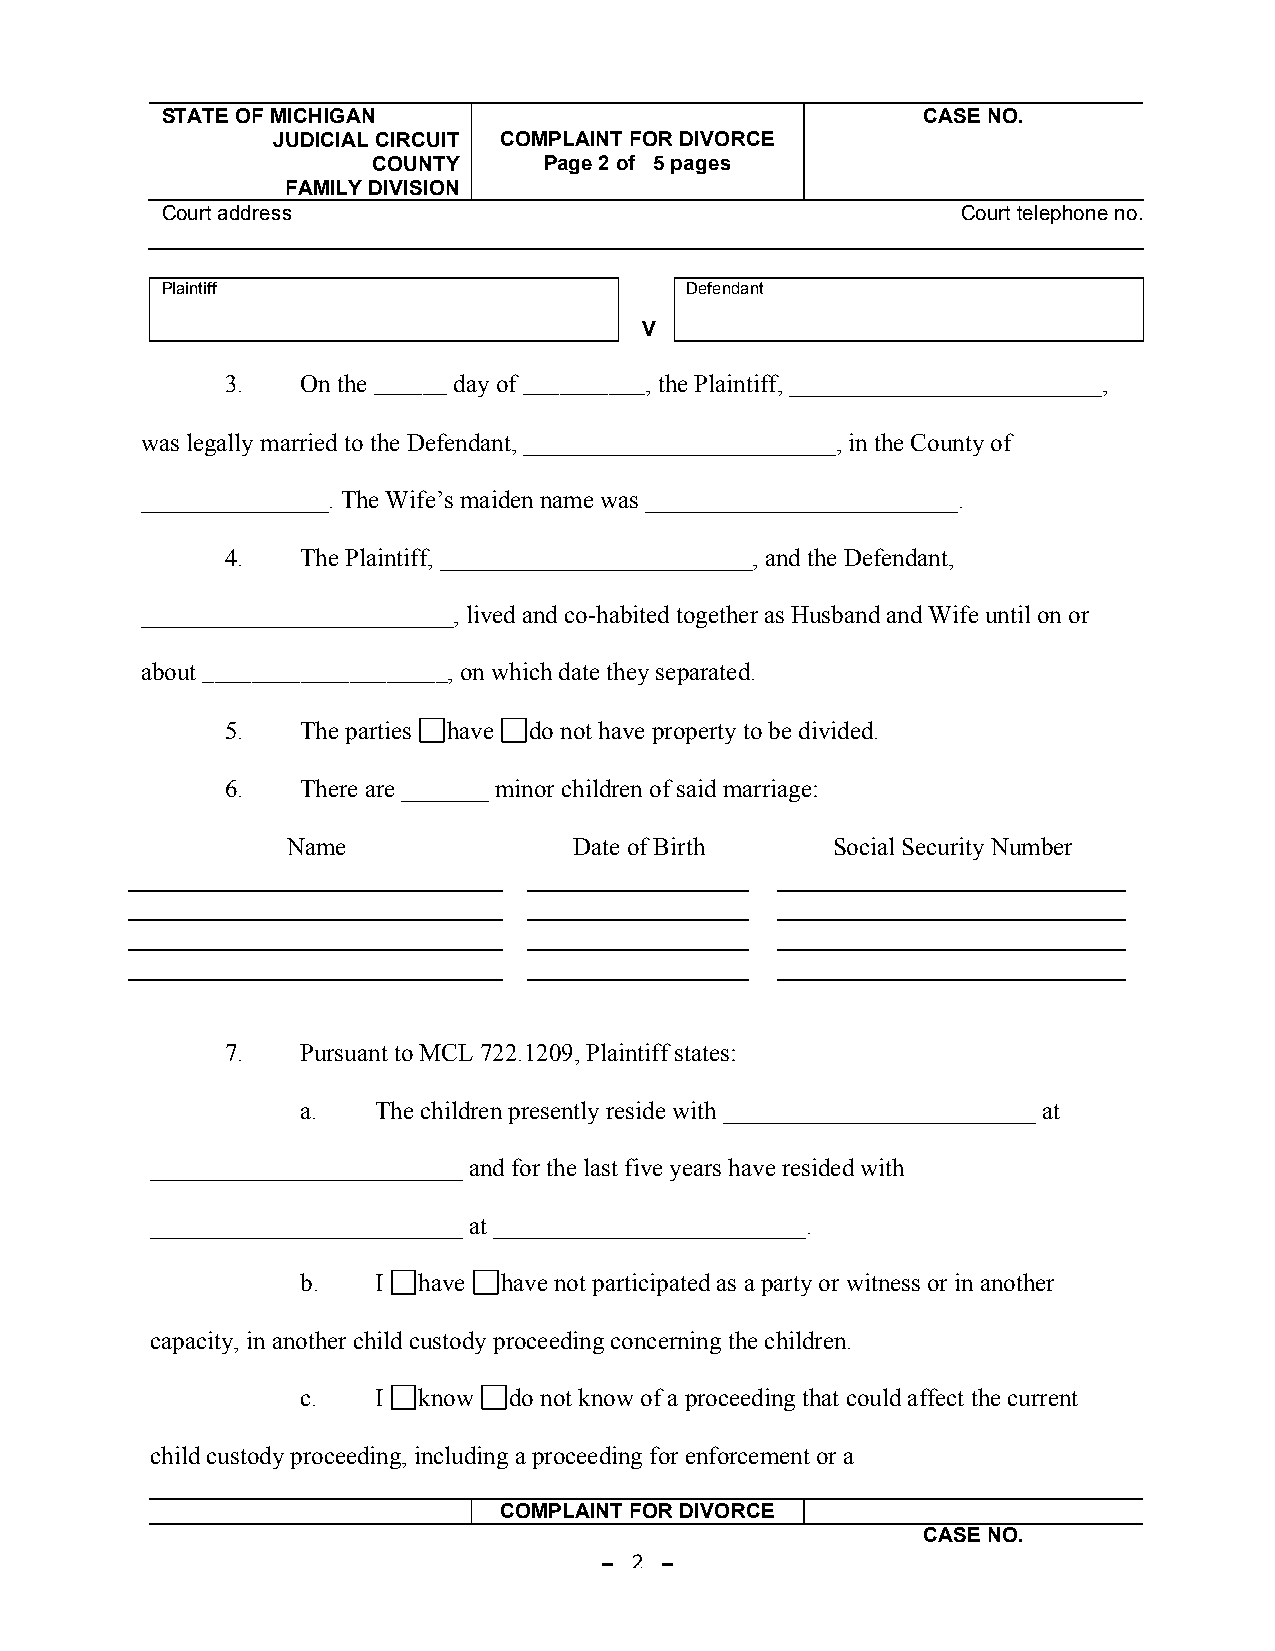
STATE OF MICHIGAN                                 CASE NO.
 JUDICIAL CIRCUIT COMPLAINT FOR DIVORCE
 COUNTY     Page 2 of 5 pages
 FAMILY DIVISION
 Court address                                        Court telephone no.
 Court telephone no.
 Plaintiff                         Defendant
 V
 3.   On the ______ day of __________, the Plaintiff, _________________________,
 was legally married to the Defendant, _________________________, in the County of
 _______________. The Wife’s maiden name was _________________________.
 4.   The Plaintiff, _________________________, and the Defendant,
 _________________________, lived and co-habited together as Husband and Wife until on or
 about ____________________, on which date they separated.
 5.   The parties have do not have property to be divided.
 6.   There are _______ minor children of said marriage:
 Name               Date of Birth    Social Security Number
 7.   Pursuant to MCL 722.1209, Plaintiff states:
 a.   The children presently reside with _________________________ at
 _________________________ and for the last five years have resided with
 _________________________ at _________________________.
 b.   I  have have not participated as a party or witness or in another
 capacity, in another child custody proceeding concerning the children.
 c.   I  know  do not know of a proceeding that could affect the current
 child custody proceeding, including a proceeding for enforcement or a
 COMPLAINT FOR DIVORCE
 CASE NO.
 - 2 -